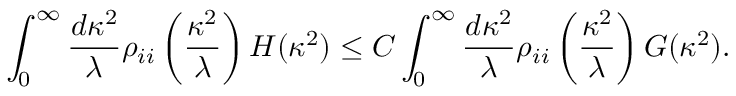
\int _ { 0 } ^ { \infty } \frac { d \kappa ^ { 2 } } { \lambda } \rho _ { i i } \left( \frac { \kappa ^ { 2 } } { \lambda } \right) H ( \kappa ^ { 2 } ) \leq C \int _ { 0 } ^ { \infty } \frac { d \kappa ^ { 2 } } { \lambda } \rho _ { i i } \left( \frac { \kappa ^ { 2 } } { \lambda } \right) G ( \kappa ^ { 2 } ) .